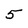
Character: 5